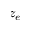
z _ { e }